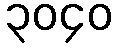
၃၀၄၀